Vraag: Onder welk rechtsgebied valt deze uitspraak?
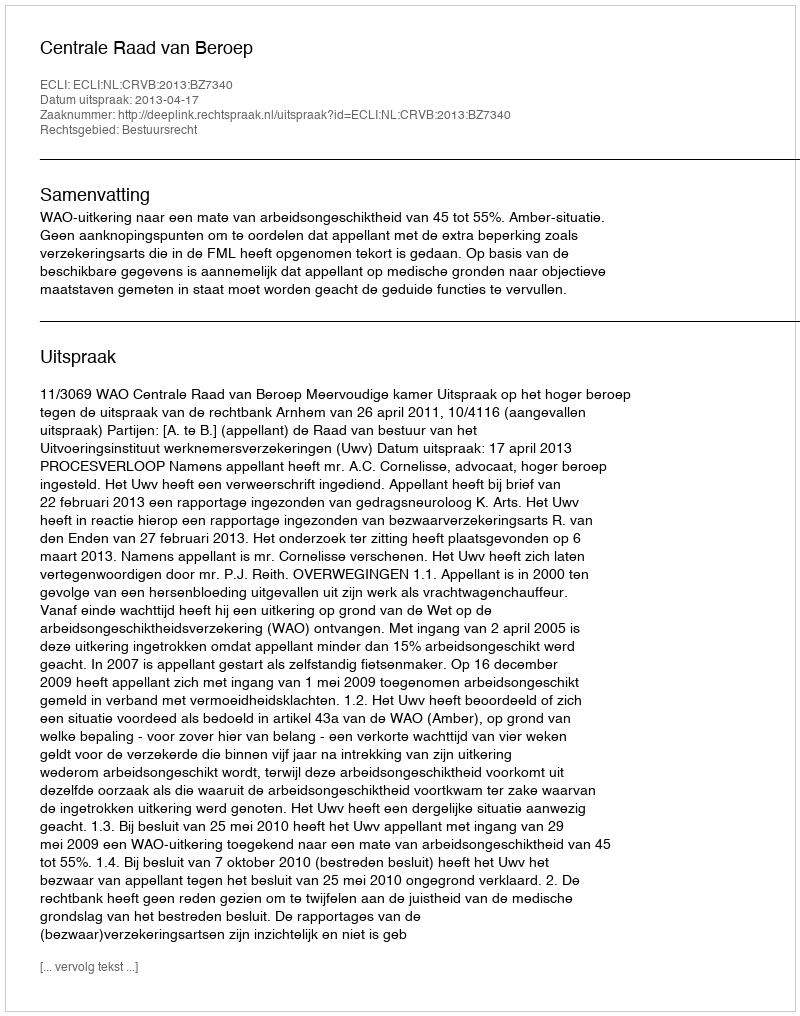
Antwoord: Bestuursrecht